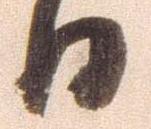
日